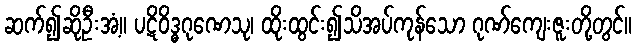
ဆက်၍ဆိုဦးအံ့။ ပဋိဝိဒ္ဓဂုဏေသု၊ ထိုးထွင်း၍သိအပ်ကုန်သော ဂုဏ်ကျေးဇူးတို့တွင်။